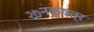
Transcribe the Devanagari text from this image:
२७नक्षत्र